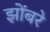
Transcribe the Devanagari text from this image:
झोंबरे